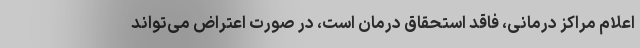
اعلام مراکز درمانی، فاقد استحقاق درمان است، در صورت اعتراض می‌تواند